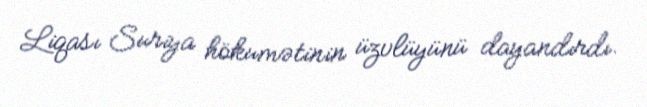
Liqası Suriya hökumətinin üzvlüyünü dayandırdı.